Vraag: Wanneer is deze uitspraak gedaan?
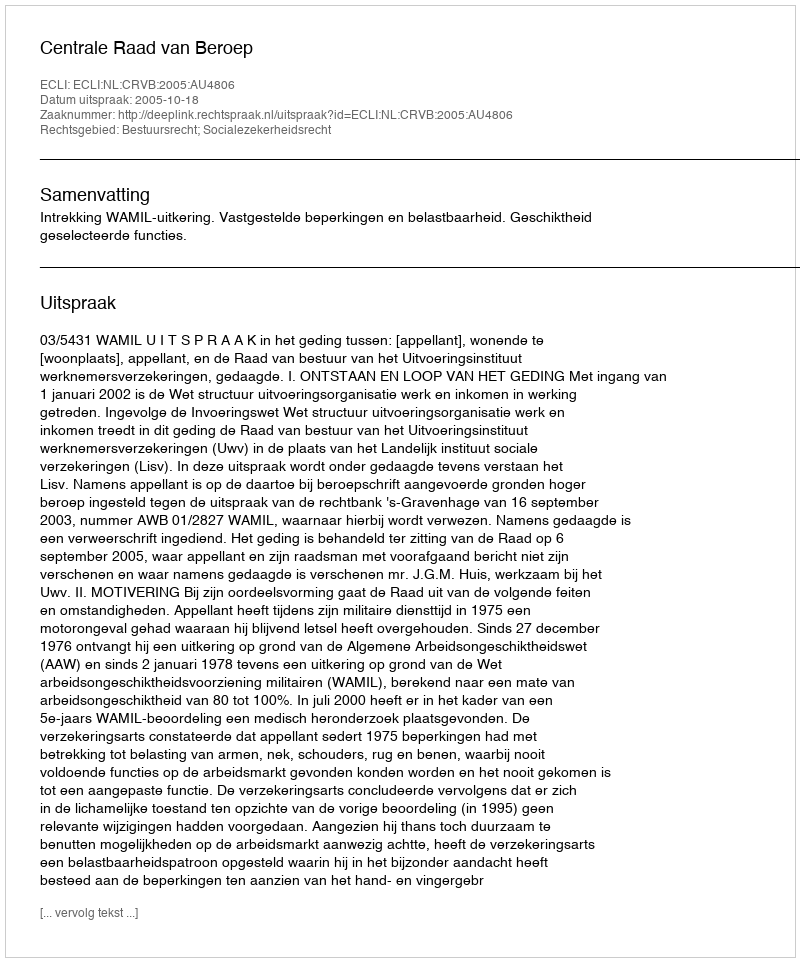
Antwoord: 2005-10-18